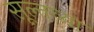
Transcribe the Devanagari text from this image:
सूल्तच्या